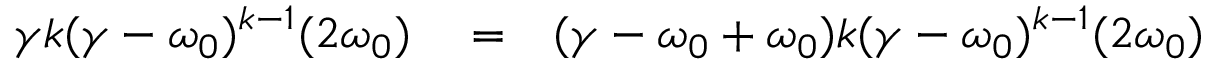
\begin{array} { r l r } { \gamma k ( \gamma - \omega _ { 0 } ) ^ { k - 1 } ( 2 \omega _ { 0 } ) } & { { } = } & { ( \gamma - \omega _ { 0 } + \omega _ { 0 } ) k ( \gamma - \omega _ { 0 } ) ^ { k - 1 } ( 2 \omega _ { 0 } ) } \end{array}